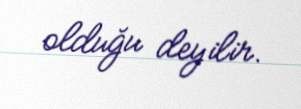
olduğu deyilir.